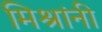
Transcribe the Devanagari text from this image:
मिश्रांनी